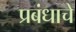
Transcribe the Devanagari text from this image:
प्रबंधाचे